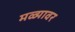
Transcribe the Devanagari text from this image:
मळ्यावर